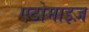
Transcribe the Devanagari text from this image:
एटोमाइज़